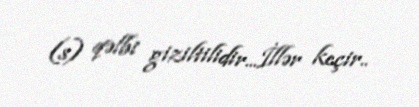
(s) qəlbi giziltilidir...İllər keçir..